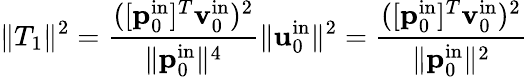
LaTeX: \| T_{1}\| ^{2}=\frac{([\mathbf{p}_{0}^{\mathrm{in}}]^{T}\mathbf{v}_{0}^{\mathrm{in}})^{2}}{\| \mathbf{p}_{0}^{\mathrm{in}}\| ^{4}}\| \mathbf{u}_{0}^{\mathrm{in}}\| ^{2}=\frac{([\mathbf{p}_{0}^{\mathrm{in}}]^{T}\mathbf{v}_{0}^{\mathrm{in}})^{2}}{\| \mathbf{p}_{0}^{\mathrm{in}}\| ^{2}}